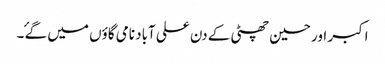
اکبر اور حسین چھٹی کے دن علی آباد نامی گاؤں میں گۓ ۔